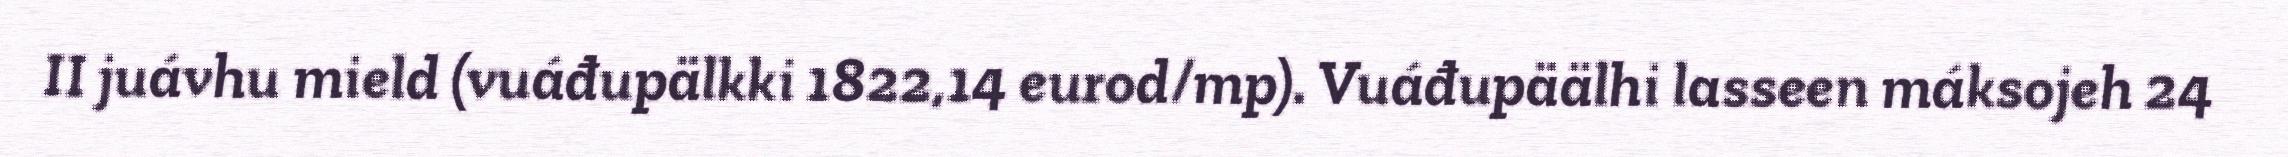
II juávhu mield (vuáđupälkki 1822,14 eurod/mp). Vuáđupäälhi lasseen máksojeh 24